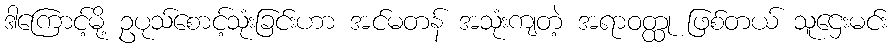
ဒါကြောင့်မို့ ဥပုသ်စောင့်သုံးခြင်းဟာ အင်မတန် အသုံးကျတဲ့ အရာဝတ္ထု ဖြစ်တယ် သူဌေးမင်း